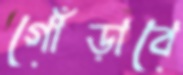
গোঁড়াবে